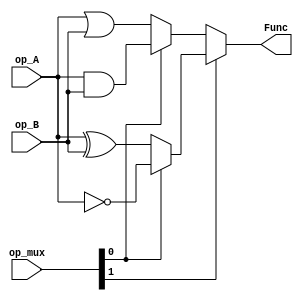
`timescale 1ns / 1ps
//////////////////////////////////////////////////////////////////////////////////
// Company: 
// Engineer: 
// 
// Design Name: 
// Module Name: Logic8
// Project Name: 
// Target Devices: 
// Tool Versions: 
// Description: 
// 
// Dependencies: 
// 
// Revision:
// Revision 0.01 - File Created
// Additional Comments:
// 
//////////////////////////////////////////////////////////////////////////////////


module Logic8(
    input   [7:0]   op_A,
    input   [7:0]   op_B,
    input   [1:0]   op_mux,     // 0: ior , 1: and , 2: xor , 3: comp
    output  [7:0]   Func
    );
    
    wire    [7:0]  Func_ior     = op_A | op_B;
    wire    [7:0]  Func_and     = op_A & op_B;
    wire    [7:0]  Func_xor     = op_A ^ op_B;
    wire    [7:0]  Func_comp    = ~op_A;
    
    assign   Func = (op_mux[1]) ? (op_mux[0] ? Func_comp : Func_xor) : (op_mux[0] ? Func_and : Func_ior) ;
    
endmodule